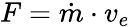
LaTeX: F={\dot{m}}\cdot v_{e}